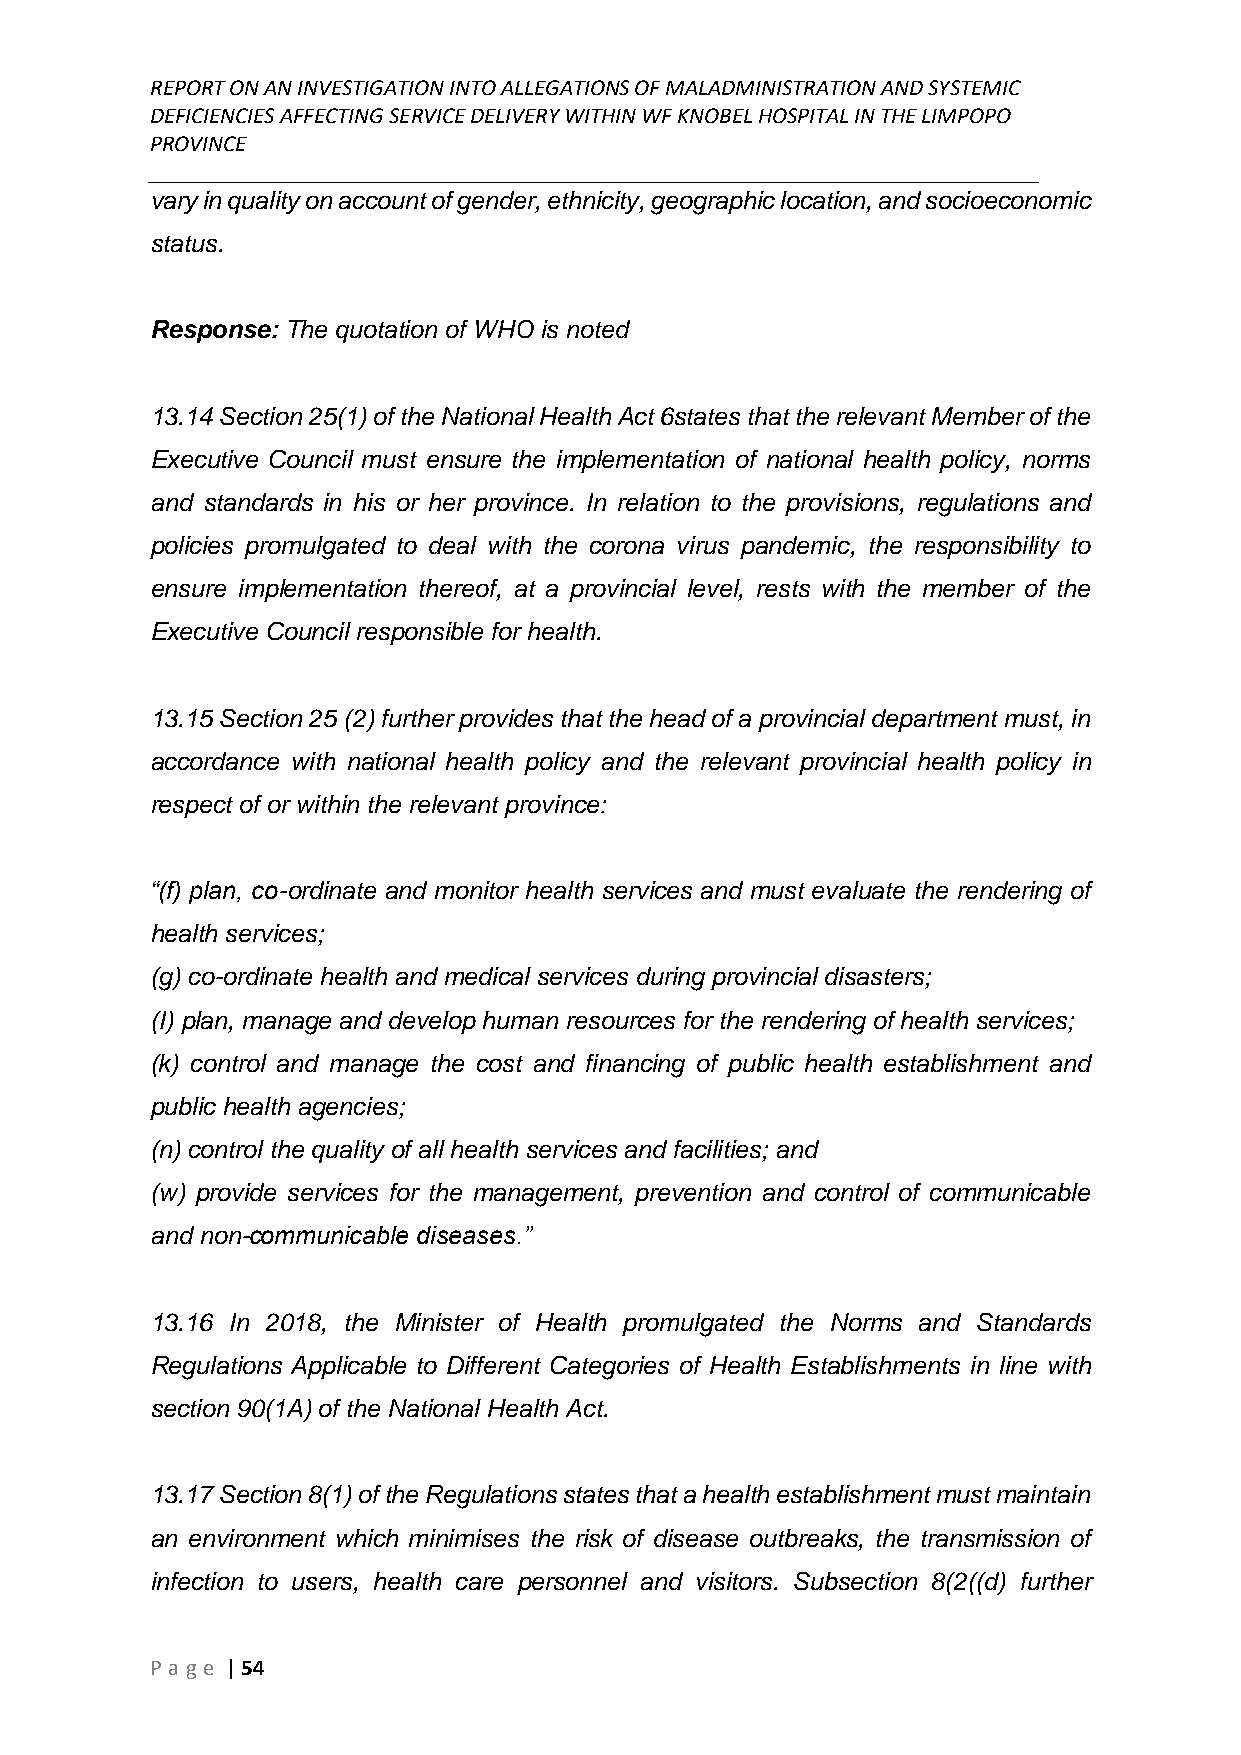
REPORT ON AN INVESTIGATION INTO ALLEGATIONS OF MALADMINISTRATION AND SYSTEMIC
 DEFICIENCIES AFFECTING SERVICE DELIVERY WITHIN WF KNOBEL HOSPITAL IN THE LIMPOPO
 PROVINCE
 ______________________________________________________________________________
 vary in quality on account of gender, ethnicity, geographic location, and socioeconomic
 status.
 Response: The quotation of WHO is noted
 13.14 Section 25(1) of the National Health Act 6states that the relevant Member of the
 Executive Council must ensure the implementation of national health policy, norms
 and standards in his or her province. In relation to the provisions, regulations and
 policies promulgated to deal with the corona virus pandemic, the responsibility to
 ensure implementation thereof, at a provincial level, rests with the member of the
 Executive Council responsible for health.
 13.15 Section 25 (2) further provides that the head of a provincial department must, in
 accordance with national health policy and the relevant provincial health policy in
 respect of or within the relevant province:
 “(f) plan, co-ordinate and monitor health services and must evaluate the rendering of
 health services;
 (g) co-ordinate health and medical services during provincial disasters;
 (I) plan, manage and develop human resources for the rendering of health services;
 (k) control and manage the cost and financing of public health establishment and
 public health agencies;
 (n) control the quality of all health services and facilities; and
 (w) provide services for the management, prevention and control of communicable
 and non-communicable diseases.”
 13.16 In 2018, the Minister of Health promulgated the Norms and Standards
 Regulations Applicable to Different Categories of Health Establishments in line with
 section 90(1A) of the National Health Act.
 13.17 Section 8(1) of the Regulations states that a health establishment must maintain
 an environment which minimises the risk of disease outbreaks, the transmission of
 infection to users, health care personnel and visitors. Subsection 8(2((d) further
 P age | 54